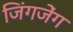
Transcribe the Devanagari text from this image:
जिंगजेंग